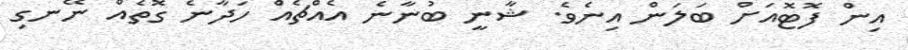
އިން ފޮޓޮއަށް ބަލަން އިނެވެ. ޝާނީ ބުނާނެ އެއްޗެއް ހަދާނެ ގޮތެއް ނޭނގި